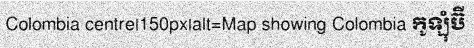
Colombia centre|150px|alt=Map showing Colombia កូឡុំប៊ី